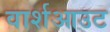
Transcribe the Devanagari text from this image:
वार्शआउट